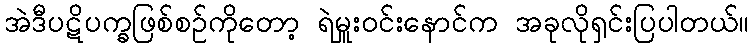
အဲဒီပဋိပက္ခဖြစ်စဉ်ကိုတော့ ရဲမှူးဝင်းနောင်က အခုလိုရှင်းပြပါတယ်။